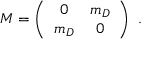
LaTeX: M = \left( \begin{array} { c c } { { 0 } } & { { m _ { D } } } \\ { { m _ { D } } } & { { 0 } } \end{array} \right) ~ .